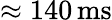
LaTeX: \approx 140\, \mathrm{ms}